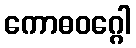
ကောဓဝဂ္ဂေါ